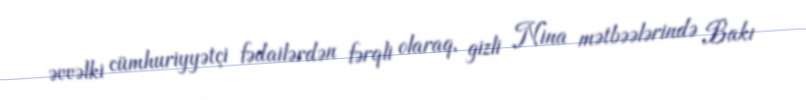
əvvəlki cümhuriyyətçi fədailərdən fərqli olaraq, gizli Nina mətbəələrində Bakı